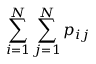
\sum _ { i = 1 } ^ { N } \sum _ { j = 1 } ^ { N } p _ { i j }